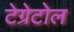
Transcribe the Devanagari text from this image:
टेग्रेटोल